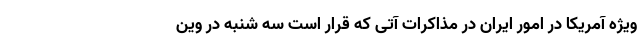
ویژه آمریکا در امور ایران در مذاکرات آتی که قرار است سه شنبه در وین